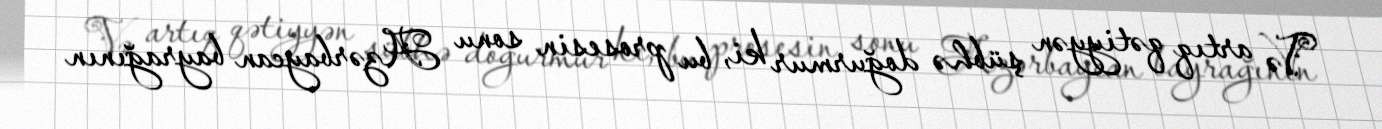
Və artıq qətiyyən şübhə doğurmur ki, bu prosesin sonu Azərbaycan bayrağının